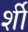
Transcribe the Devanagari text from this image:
र्शी